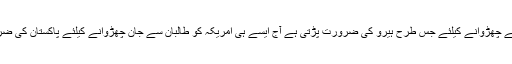
رضیہ کو غنڈوں سے چھڑوانے کیلئے جس طرح ہیرو کی ضرورت پڑتی ہے آج ایسے ہی امریکہ کو طالبان سے جان چھڑوانے کیلئے پاکستان کی ضرورت پڑ چکی ہے۔